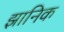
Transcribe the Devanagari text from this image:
झानिक